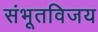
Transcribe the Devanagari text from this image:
संभूतविजय